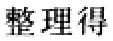
整理得